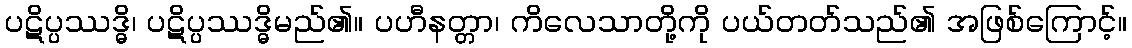
ပဋိပ္ပဿဒ္ဓိ၊ ပဋိပ္ပဿဒ္ဓိမည်၏။ ပဟီနတ္တာ၊ ကိလေသာတို့ကို ပယ်တတ်သည်၏ အဖြစ်ကြောင့်။